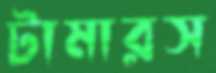
টামারস